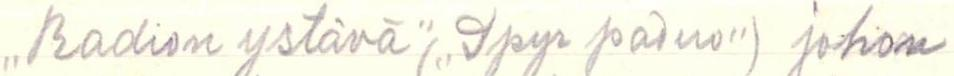
"Radion ystävä" ("Ipyr paino") johon